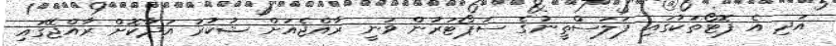
އަދި އެ ފޮޓޯތަކުގައި ފަލަސްތީނުގެ ސަޕޯޓަރުން ވަނީ ރާއްޖެއަށް ޝުކުރު އަދާކޮށް ރާއްޖޭގައި